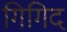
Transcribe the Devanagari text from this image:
गिगिद